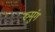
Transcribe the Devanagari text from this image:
रुमुंग